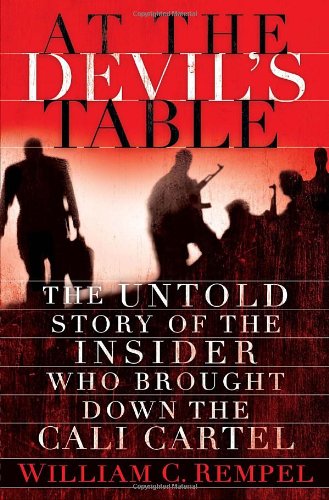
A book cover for At the Devil's Table: The Untold Story of the Insider Who Brought Down the Cali Cartel; William C. Rempel; Law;